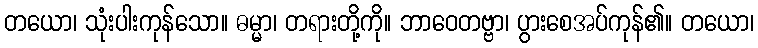
တယော၊ သုံးပါးကုန်သော။ ဓမ္မာ၊ တရားတို့ကို။ ဘာဝေတဗ္ဗာ၊ ပွားစေအပ်ကုန်၏။ တယော၊